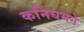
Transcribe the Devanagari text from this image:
कनिंघमने